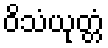
ဝိသံယုတ္တံ